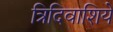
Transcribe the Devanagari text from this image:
त्रिदिवाशिये